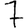
Digit: 7